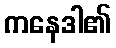
ကနေဒါ၏